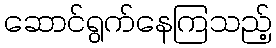
ဆောင်ရွက်နေကြသည့်